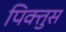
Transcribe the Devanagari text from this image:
पिक्तुस